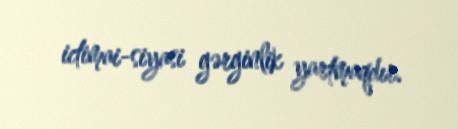
ictimai-siyasi gərginlik yartmaqdır.